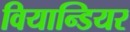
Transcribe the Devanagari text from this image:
वियान्डियर